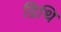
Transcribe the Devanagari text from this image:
द्रिथि